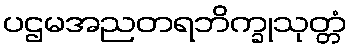
ပဌမအညတရဘိက္ခုသုတ္တံ